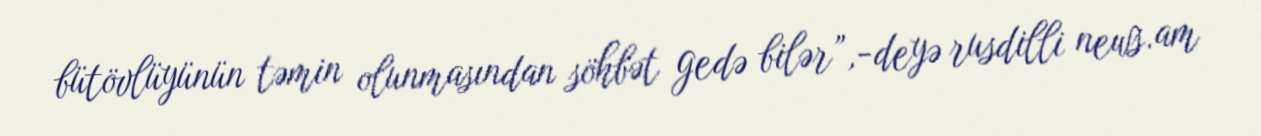
bütövlüyünün təmin olunmasından söhbət gedə bilər”,-deyə rusdilli news.am